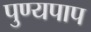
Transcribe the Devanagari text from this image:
पुण्यपाप